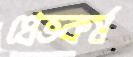
প্রেতকর্ম